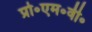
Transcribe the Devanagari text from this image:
प्रो॰एम॰वी॰